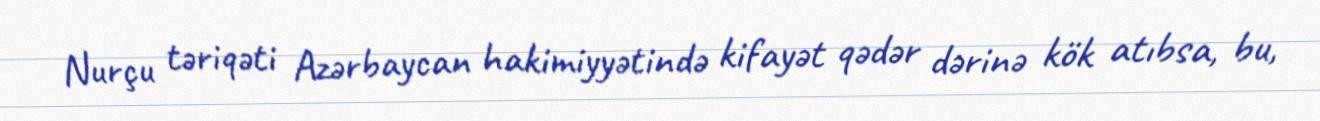
Nurçu təriqəti Azərbaycan hakimiyyətində kifayət qədər dərinə kök atıbsa, bu,